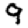
Digit: 9